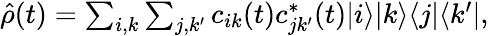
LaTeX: \begin{array}{r}{\hat{\rho}(t)=\sum_{i,k}\sum_{j,k^{\prime}}c_{ik}(t)c_{jk^{\prime}}^{\ast}(t)|i\rangle|k\rangle\langle j|\langle k^{\prime}|,}\end{array}